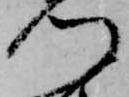
門